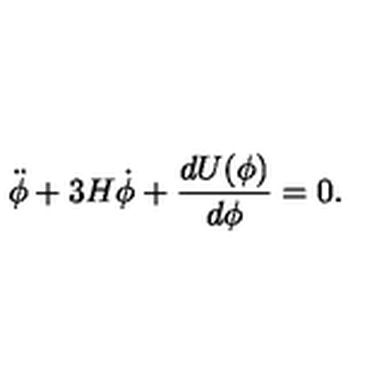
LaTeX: \ddot { \phi } + 3 H \dot { \phi } + \frac { d U ( \phi ) } { d \phi } = 0 .